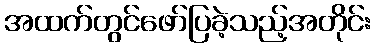
အထက်တွင်ဖော်ပြခဲ့သည့်အတိုင်း